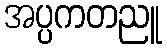
အပ္ပကတညူ